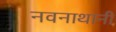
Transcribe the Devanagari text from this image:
नवनाथानी